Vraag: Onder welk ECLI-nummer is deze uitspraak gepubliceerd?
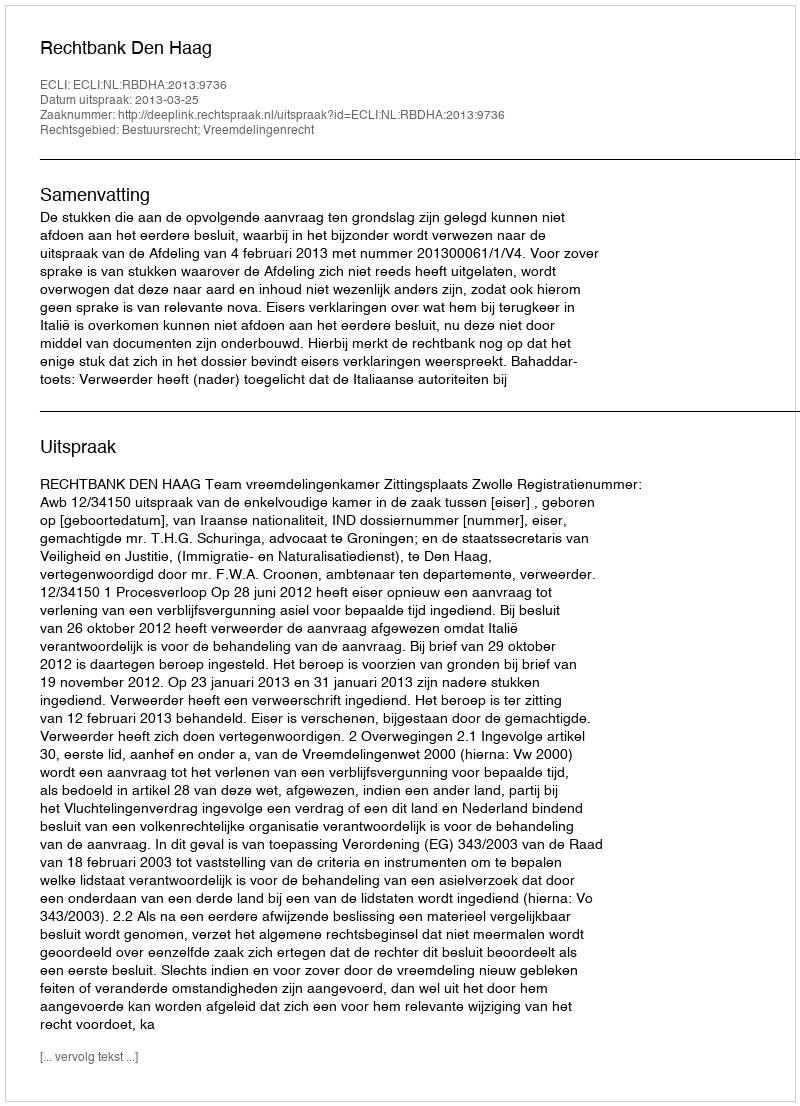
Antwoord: ECLI:NL:RBDHA:2013:9736